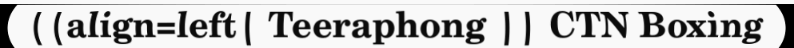
||align=left| Teeraphong || CTN Boxing